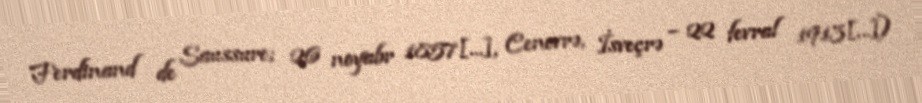
Ferdinand de Saussure; 26 noyabr 1857[…], Cenevrə, İsveçrə – 22 fevral 1913[…])